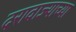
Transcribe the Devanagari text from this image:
दरावाज्याच्या